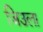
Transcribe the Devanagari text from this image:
जिउला